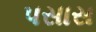
પસાસ